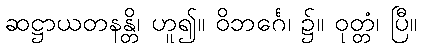
ဆဋ္ဌာယတနန္တိ၊ ဟူ၍။ ဝိဘင်္ဂေ၊ ၌။ ဝုတ္တံ၊ ပြီ။